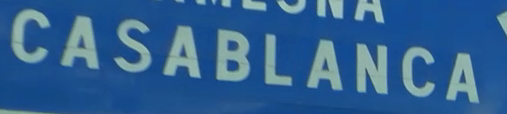
"BARCELONA